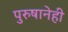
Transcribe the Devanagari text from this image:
पुरुषानेही